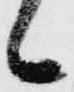
候